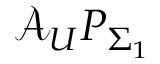
\mathcal { A } _ { U } P _ { \Sigma _ { 1 } }